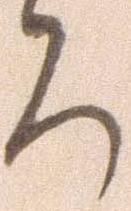
ち